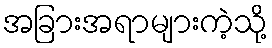
အခြားအရာများကဲ့သို့